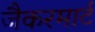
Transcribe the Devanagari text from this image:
जैकरमार्ट